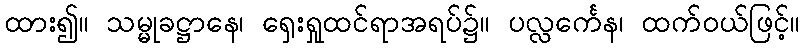
ထား၍။ သမ္မုခဋ္ဌာနေ၊ ရှေးရှုထင်ရာအရပ်၌။ ပလ္လင်္ကေန၊ ထက်ဝယ်ဖြင့်။